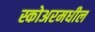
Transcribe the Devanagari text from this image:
स्कोअरमधील